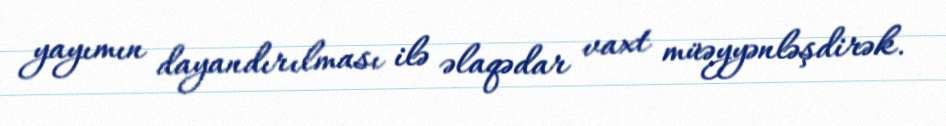
yayımın dayandırılması ilə əlaqədar vaxt müəyyənləşdirək.